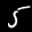
Label: 5